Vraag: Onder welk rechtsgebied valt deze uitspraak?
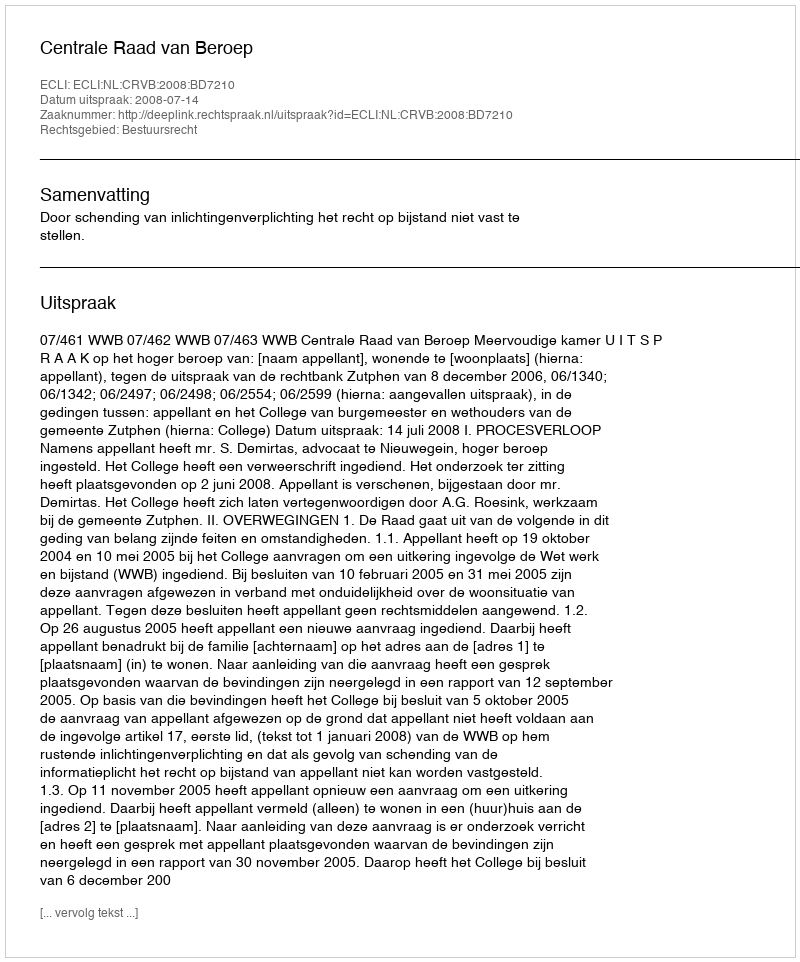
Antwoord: Bestuursrecht